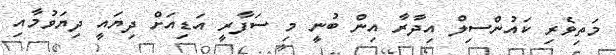
މަތިވެރި ކައުންސިލް އިދާރާ އިން ބުނީ މި ސަފާރީ އަޑިއަށް ދިޔައީ ދިޔަވުމާއި